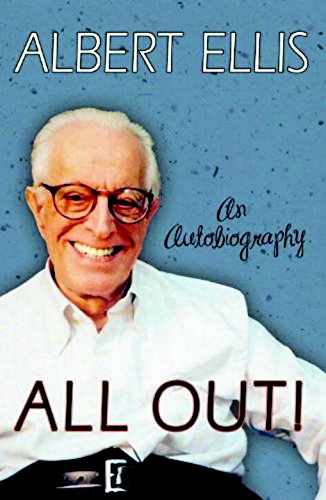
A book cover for All Out!: An Autobiography; Albert Ellis; Biographies & Memoirs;